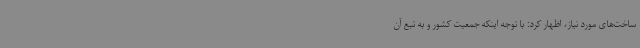
ساخت‌های مورد نیاز، اظهار کرد: با توجه اینکه جمعیت کشور و به تبع آن